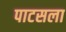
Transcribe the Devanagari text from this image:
पाटसला